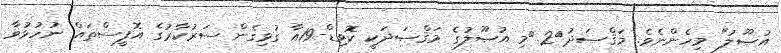
އުޞޫލު" މިހެންނެވެ. މަޤްޞަދު	2.	މި އުޞޫލުގެ މަޤްޞަދަކީ ކޮވިޑް-19އާ ގުޅިގެން ސަރުކާރުގެ އޮފީސްތައް ނުހުޅުވާ